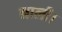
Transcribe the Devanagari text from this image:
नाली।